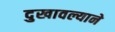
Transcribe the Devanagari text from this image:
दुखावल्याने